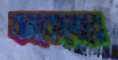
বনকেন্দ্রের